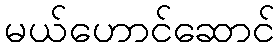
မယ်ဟောင်ဆောင်